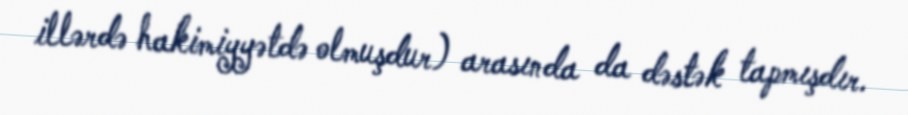
illərdə hakimiyyətdə olmuşdur) arasında da dəstək tapmışdır.